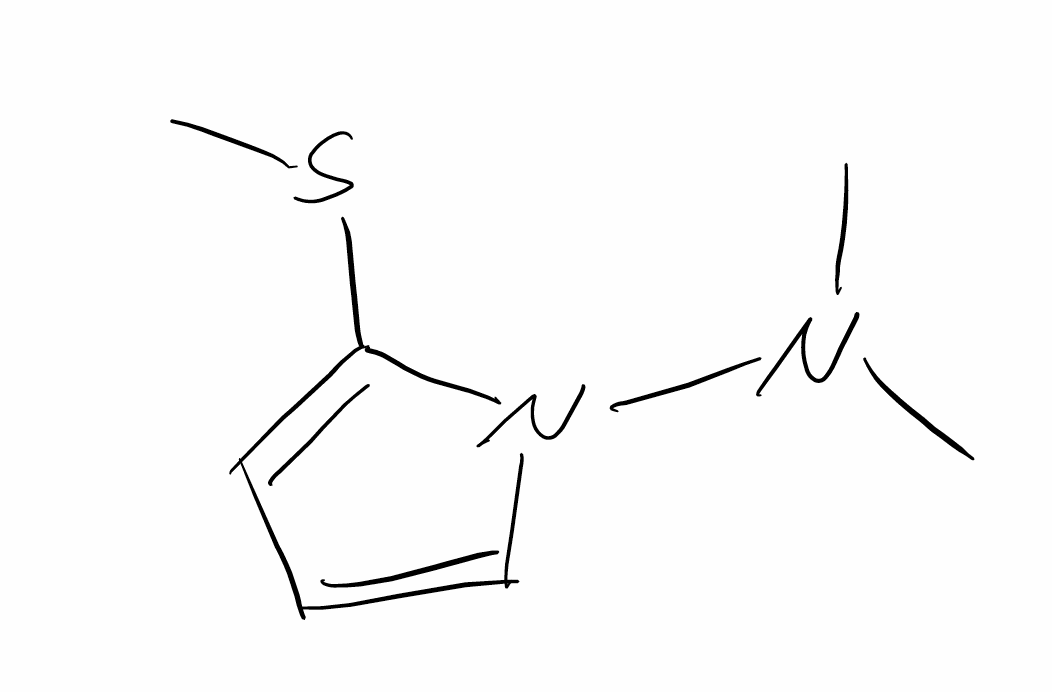
Simplified molecular-input line-entry system (SMILES) notation of the given molecule:
CN(C)N1C=CC=C1SC